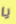
يا